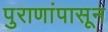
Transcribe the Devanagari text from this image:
पुराणांपासून